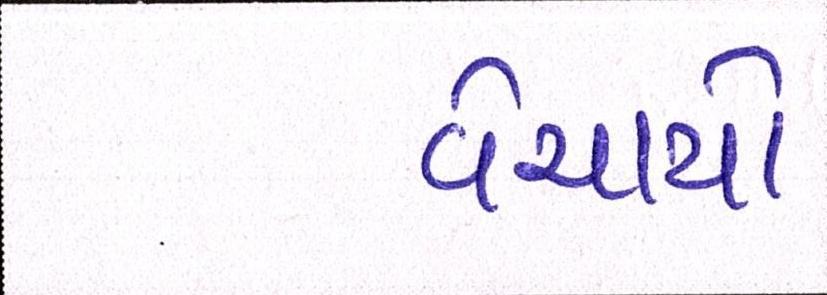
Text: વેચાયો